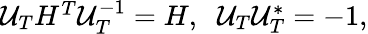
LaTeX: \begin{array}{r}{\mathcal{U}_{T}H^{T}\mathcal{U}_{T}^{-1}=H,\; \; \mathcal{U}_{T}\mathcal{U}_{T}^{*}=-1,}\end{array}